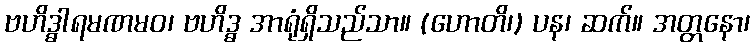
ဗဟိဒ္ဓါရမဏမဝ၊ ဗဟိဒ္ဓ အာရုံရှိသည်သာ။ (ဟောတိ၊) ပန၊ ဆက်။ အတ္တနော၊